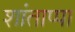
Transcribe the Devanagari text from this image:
शांताप्पा